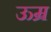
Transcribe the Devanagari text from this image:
ऊम्र